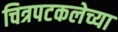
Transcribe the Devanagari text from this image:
चित्रपटकलेच्या